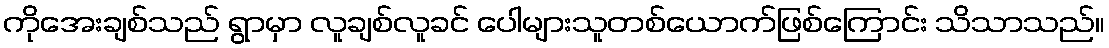
ကိုအေးချစ်သည် ရွာမှာ လူချစ်လူခင် ပေါများသူတစ်ယောက်ဖြစ်ကြောင်း သိသာသည်။